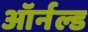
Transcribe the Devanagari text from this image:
ऑर्नल्ड